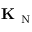
{ \bf K } _ { \mathrm { ~ N ~ } }